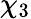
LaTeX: \chi_{3}